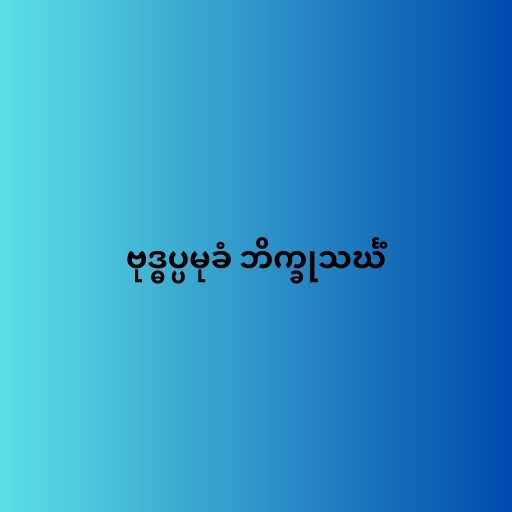
ဗုဒ္ဓပ္ပမုခံ ဘိက္ခုသင်္ဃံ